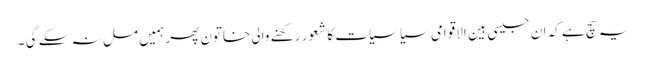
یہ سچ ہے کہ ان جیسی بین الاقوامی سیاسیات کا شعور رکھنے والی خاتون پھر ہمیں مل نہ سکے گی ۔